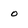
Character: 0